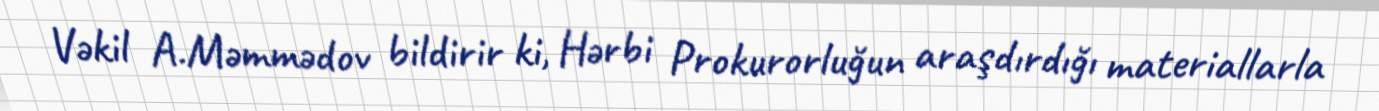
Vəkil A.Məmmədov bildirir ki, Hərbi Prokurorluğun araşdırdığı materiallarla